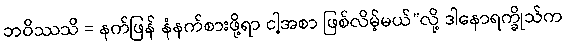
ဘဝိဿသိ = နက်ဖြန် နံနက်စားဖို့ရာ ငါ့အစာ ဖြစ်လိမ့်မယ်”လို့ ဒါနောရက္ခိုသ်က